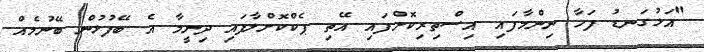
"އަޅުގަނޑު ފަހާ ނިންމާފައި އިސްތިރިކޮށްފައި އޭތި ޕެކްކޮށްލާފައި ދިނީމާ އެ ބޭފުޅުން ބޭނުމެއް